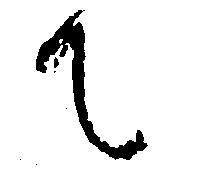
て